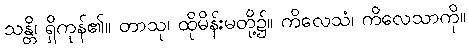
သန္တိ၊ ရှိကုန်၏။ တာသု၊ ထိုမိန်းမတို့၌။ ကိလေသံ၊ ကိလေသာကို။